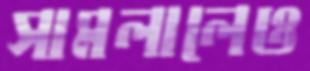
সামলালেও